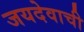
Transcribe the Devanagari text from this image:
जयदेवाची